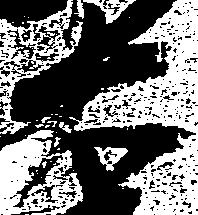
右